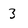
Character: 3